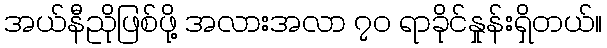
အယ်နီညိုဖြစ်ဖို့ အလားအလာ ၇ဝ ရာခိုင်နှုန်းရှိတယ်။